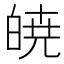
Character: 𭽙